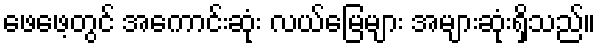
ဖေဖေ့တွင် အကောင်းဆုံး လယ်မြေများ အများဆုံးရှိသည်။